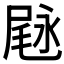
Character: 𱧇